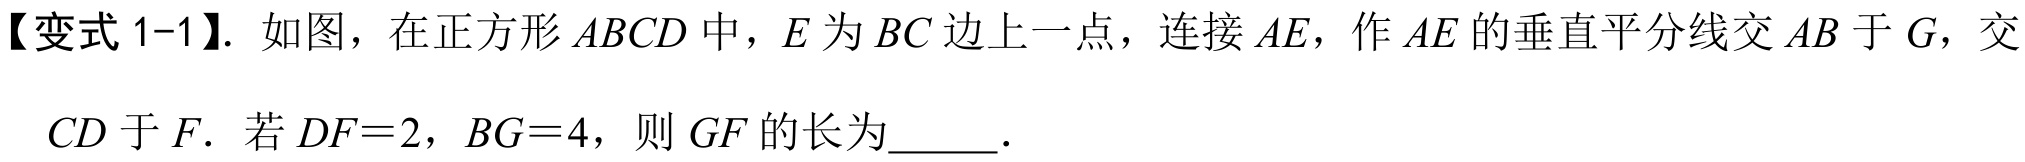
【变式 1-1】. 如图，在正方形 \(ABCD\) 中，\(E\) 为 \(BC\) 边上一点，连接 \(AE\)，作 \(AE\) 的垂直平分线交 \(AB\) 于 \(G\)，交 \(CD\) 于 \(F\). 若 \(DF = 2\)，\(BG = 4\)，则 \(GF\) 的长为  ．